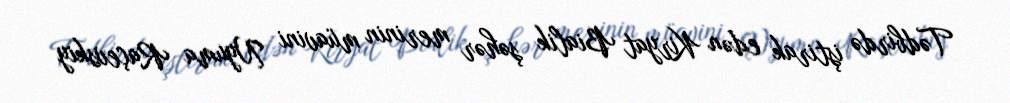
Tədbirdə iştirak edən Kiryat Bialik şəhər merinin müavini Nyuma Raçevskiy